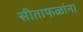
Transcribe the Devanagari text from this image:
सीताफळांना